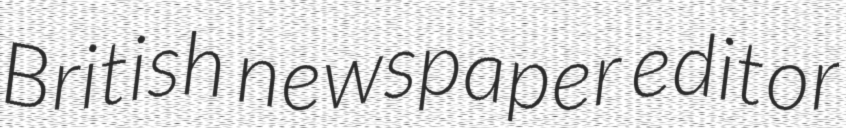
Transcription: British newspaper editor